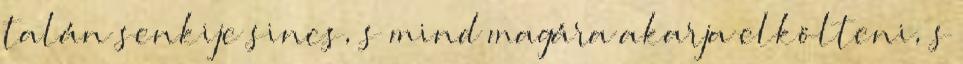
talán senkije sincs, s mind magára akarja elkölteni, s